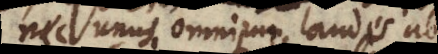
nec unus omnium laudes